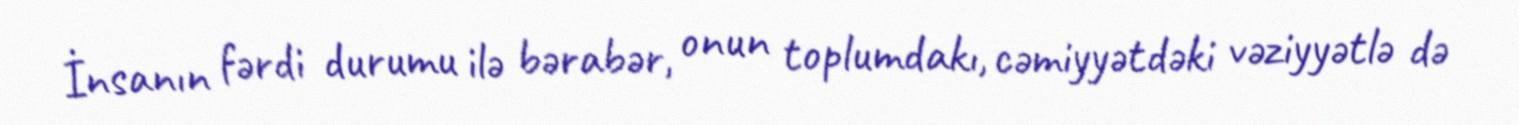
İnsanın fərdi durumu ilə bərabər, onun toplumdakı, cəmiyyətdəki vəziyyətlə də